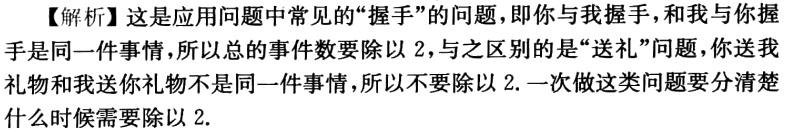
【解析】这是应用问题中常见的“握手”的问题，即你与我握手，和我与你握手是同一件事情，所以总的事件数要除以 2，与之区别的是“送礼”问题，你送我礼物和我送你礼物不是同一件事情，所以不要除以 2. 一次做这类问题要分清楚什么时候需要除以 2.